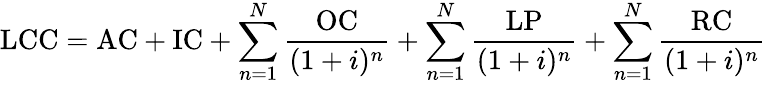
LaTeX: {\mathrm{LCC}}={\mathrm{AC}}+{\mathrm{IC}}+\sum_{n=1}^{N}{\frac{\mathrm{OC}}{(1+i)^{n}}}+\sum_{n=1}^{N}{\frac{\mathrm{LP}}{(1+i)^{n}}}+\sum_{n=1}^{N}{\frac{\mathrm{RC}}{(1+i)^{n}}}